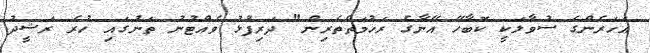
އަހަރެންގެ ސުވާލަކީ ކޮބާހޭ އޭނާގެ ރަހުމަތްތެރިން" ދަރިފުޅު ވެއްޓުނު ތަނުގައި ހުރެ ރަޝީދު